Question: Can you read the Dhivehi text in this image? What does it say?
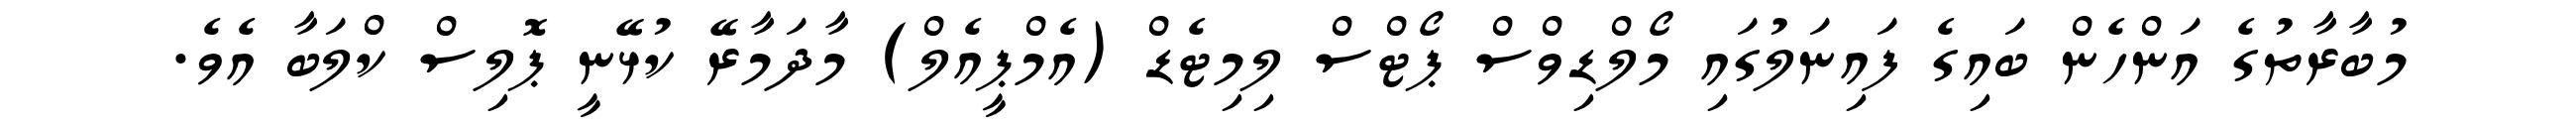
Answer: މުބާރާތުގެ އަންހެން ބައިގެ ފައިނަލުގައި މޯލްޑިވްސް ޕޯޓްސް ލިމިޓެޑް (އެމްޕީއެލް) މާދަމާރޭ ކުޅޭނީ ޕޮލިސް ކްލަބާ އެވެ.